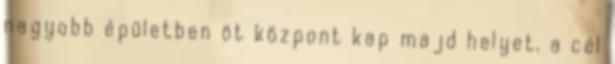
nagyobb épületben öt központ kap majd helyet, a cél